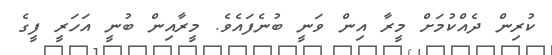
ކުރިން ދެއްކުމަށް މީރާ އިން ވަނީ ބުނެފައެވެ. މީރާއިން ބުނީ އަހަރީ ފީގެ